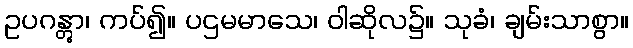
ဥပဂန္တွာ၊ ကပ်၍။ ပဌမမာသေ၊ ဝါဆိုလ၌။ သုခံ၊ ချမ်းသာစွာ။